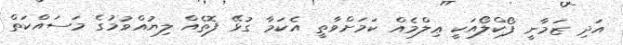
އަދި ޒަމާނީ ފޯކްލޯއަކީ ޢިލްމެއް ކަމަށްވާތީ އެކަމާ ގުޅޭ ފޮތެއް ލިޔުއްވުމުގެ މަސައްކަތް